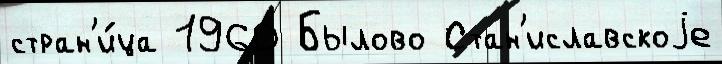
стран'и́ца 1960 Былово Стан'иславскоjе